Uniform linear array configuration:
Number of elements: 4
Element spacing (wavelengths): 0.5
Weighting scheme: blackman
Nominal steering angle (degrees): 60
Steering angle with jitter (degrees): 59.751
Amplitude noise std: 0.05
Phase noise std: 0.05

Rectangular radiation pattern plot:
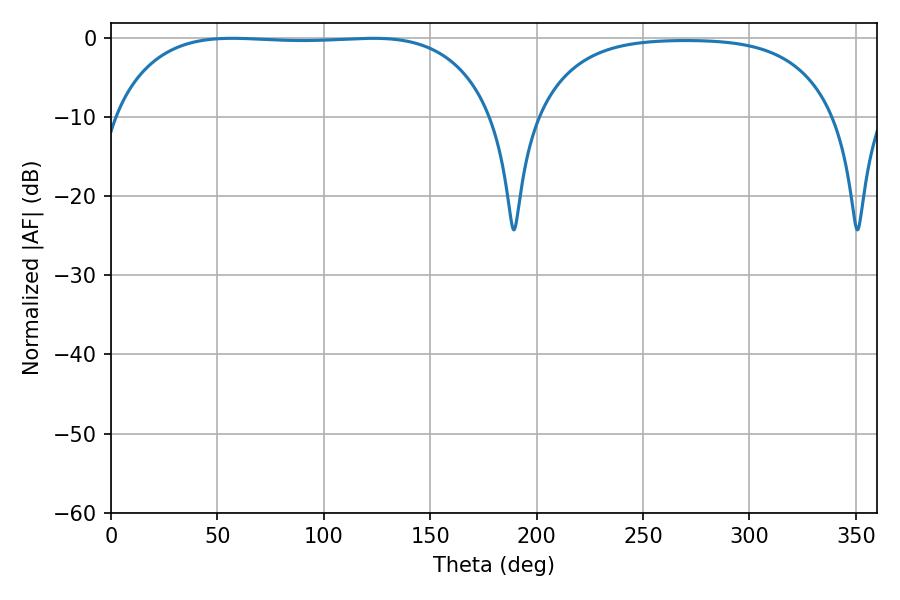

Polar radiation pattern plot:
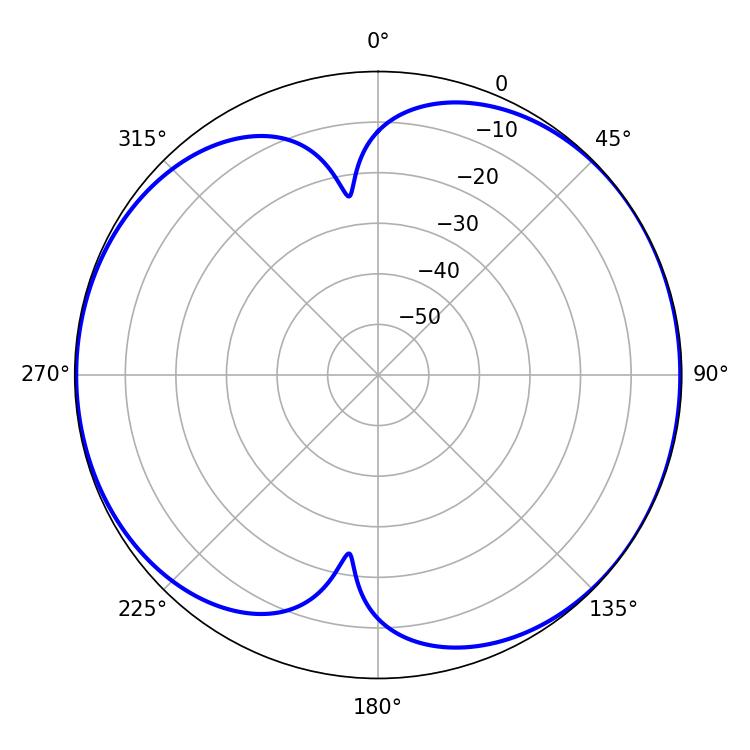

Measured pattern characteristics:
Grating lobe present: FALSE
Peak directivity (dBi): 6.651
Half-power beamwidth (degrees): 140.4
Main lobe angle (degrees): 57.06